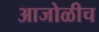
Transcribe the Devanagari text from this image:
आजोळीच